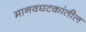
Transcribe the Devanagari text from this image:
मानवघटकांतील